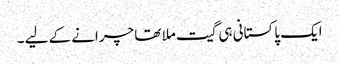
ایک پاکستانی ہی گیت ملا تھا چرانے کے لیے ۔